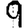
Digit: 9